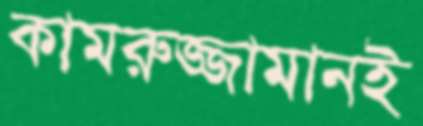
কামরুজ্জামানই